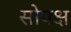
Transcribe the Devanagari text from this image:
सोपक्ष